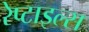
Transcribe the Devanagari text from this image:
रेप्टाइल्स